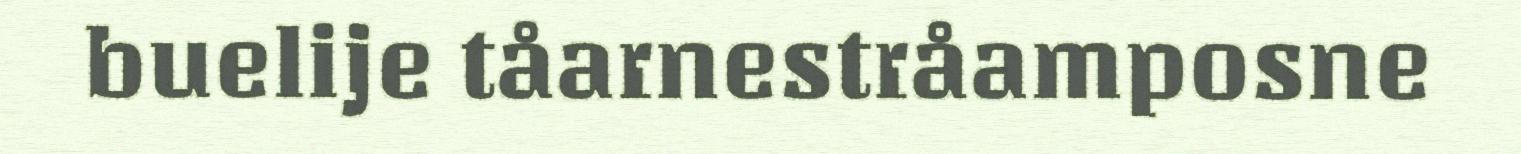
buelije tåarnestråamposne